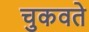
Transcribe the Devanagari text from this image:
चुकवते